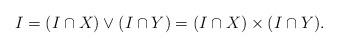
LaTeX: \begin{align*}I=(I\cap X)\vee(I\cap Y)=(I\cap X)\times(I\cap Y).\end{align*}